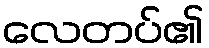
လေတပ်၏